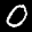
Label: 0